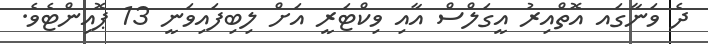
ދެ ވަނާގައ އޮތްއިރު އީގަލްސް އާއި ވިކްޓަރީ އަށް ލިބިފައިވަނީ 13 ޕޮއިންޓެވެ.